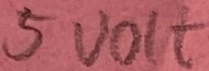
Text: 5VOLT